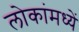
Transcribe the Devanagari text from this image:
लोकांमध्यें